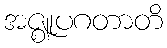
အဇ္ဈုပဂတာတိ